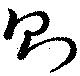
則